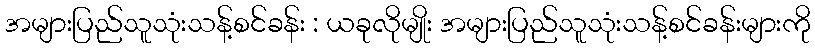
အများပြည်သူသုံးသန့်စင်ခန်း : ယခုလိုမျိုး အများပြည်သူသုံးသန့်စင်ခန်းများကို